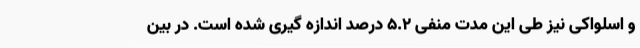
و اسلواکی نیز طی این مدت منفی 5.2 درصد اندازه گیری شده است. در بین